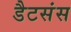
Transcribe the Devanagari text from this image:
डैटसंस